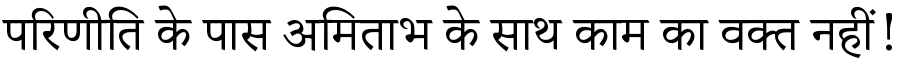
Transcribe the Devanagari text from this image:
परिणीति के पास अमिताभ के साथ काम का वक्त नहीं!